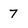
Character: 7